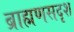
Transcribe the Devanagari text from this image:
ब्राह्मणसदृश